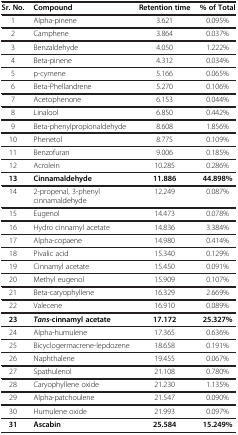
<table><thead><tr><td><b>Sr. No.</b></td><td><b>Compound</b></td><td><b>Retention time</b></td><td><b>% of Total</b></td></tr></thead><tbody><tr><td>1</td><td>Alpha-pinene</td><td>3.621</td><td>0.095%</td></tr><tr><td>2</td><td>Camphene</td><td>3.864</td><td>0.037%</td></tr><tr><td>3</td><td>Benzaldehyde</td><td>4.050</td><td>1.222%</td></tr><tr><td>4</td><td>Beta-pinene</td><td>4.312</td><td>0.034%</td></tr><tr><td>5</td><td>p-cymene</td><td>5.166</td><td>0.065%</td></tr><tr><td>6</td><td>Beta-Phellandrene</td><td>5.270</td><td>0.106%</td></tr><tr><td>7</td><td>Acetophenone</td><td>6.153</td><td>0.044%</td></tr><tr><td>8</td><td>Linalool</td><td>6.850</td><td>0.442%</td></tr><tr><td>9</td><td>Beta-phenylpropionaldehyde</td><td>8.608</td><td>1.856%</td></tr><tr><td>10</td><td>Phenetol</td><td>8.775</td><td>0.109%</td></tr><tr><td>11</td><td>Benzofuran</td><td>9.006</td><td>0.185%</td></tr><tr><td>12</td><td>Acrolein</td><td>10.285</td><td>0.286%</td></tr><tr><td><b>13</b></td><td><b>Cinnamaldehyde</b></td><td><b>11.886</b></td><td><b>44.898%</b></td></tr><tr><td>14</td><td>2-propenal, 3-phenyl cinnamaldehyde</td><td>12.249</td><td>0.087%</td></tr><tr><td>15</td><td>Eugenol</td><td>14.473</td><td>0.078%</td></tr><tr><td>16</td><td>Hydro cinnamyl acetate</td><td>14.836</td><td>3.384%</td></tr><tr><td>17</td><td>Alpha-copaene</td><td>14.980</td><td>0.414%</td></tr><tr><td>18</td><td>Pivalic acid</td><td>15.340</td><td>0.129%</td></tr><tr><td>19</td><td>Cinnamyl acetate</td><td>15.450</td><td>0.091%</td></tr><tr><td>20</td><td>Methyl eugenol</td><td>15.909</td><td>0.107%</td></tr><tr><td>21</td><td>Beta-caryophyllene</td><td>16.329</td><td>2.669%</td></tr><tr><td>22</td><td>Valecene</td><td>16.910</td><td>0.089%</td></tr><tr><td><b>23</b></td><td><b><i>Tans</i></b><b>-cinnamyl acetate</b></td><td><b>17.172</b></td><td><b>25.327%</b></td></tr><tr><td>24</td><td>Alpha-humulene</td><td>17.365</td><td>0.636%</td></tr><tr><td>25</td><td>Bicyclogermacrene-lepdozene</td><td>18.658</td><td>0.191%</td></tr><tr><td>26</td><td>Naphthalene</td><td>19.455</td><td>0.067%</td></tr><tr><td>27</td><td>Spathulenol</td><td>21.108</td><td>0.780%</td></tr><tr><td>28</td><td>Caryophyllene oxide</td><td>21.230</td><td>1.135%</td></tr><tr><td>29</td><td>Alpha-patchoulene</td><td>21.547</td><td>0.090%</td></tr><tr><td>30</td><td>Humulene oxide</td><td>21.993</td><td>0.097%</td></tr><tr><td><b>31</b></td><td><b>Ascabin</b></td><td><b>25.584</b></td><td><b>15.249%</b></td></tr></tbody></table>